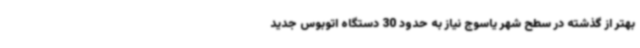
بهتر از گذشته در سطح شهر یاسوج نیاز به حدود 30 دستگاه اتوبوس جدید